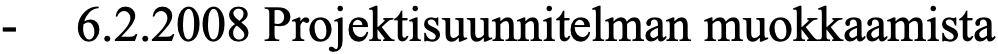
-  6.2.2008 Projektisuunnitelman muokkaamista